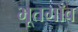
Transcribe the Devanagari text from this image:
भूतगाँव